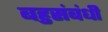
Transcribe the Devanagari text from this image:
बहुसंबंधी